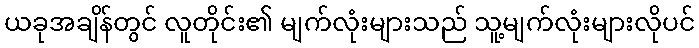
ယခုအချိန်တွင် လူတိုင်း၏ မျက်လုံးများသည် သူ့မျက်လုံးများလိုပင်